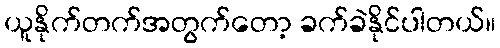
ယူနိုက်တက်အတွက်တော့ ခက်ခဲနိုင်ပါတယ်။